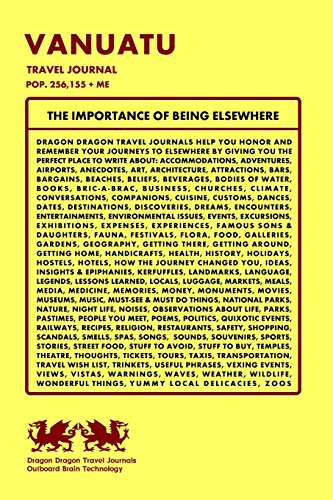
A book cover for Vanuatu Travel Journal, Pop. 256,155 + Me; Dragon Dragon Travel Journals; Travel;